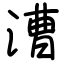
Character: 漕